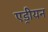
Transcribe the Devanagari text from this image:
एड्रीयन